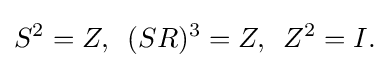
{S^{2}=Z,\,\,\,(SR)^{3}=Z,\,\,\,Z^{2}=I.}